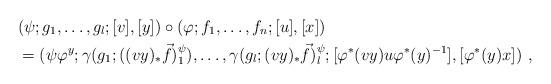
LaTeX: \begin{align*}&(\psi;g_1,\dots,g_l;[v],[y])\circ(\varphi;f_1,\dots,f_n;[u],[x]) \\&= (\psi\varphi^y;\gamma(g_1;((vy)_\ast\vec f)^\psi_1),\dots,\gamma(g_l;(vy)_\ast\vec f)^\psi_l;[\varphi^\ast(vy)u\varphi^\ast(y)^{-1}],[\varphi^\ast(y)x])\ ,\end{align*}